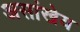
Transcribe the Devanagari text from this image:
असांखेय